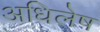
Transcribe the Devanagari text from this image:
अधिलेष